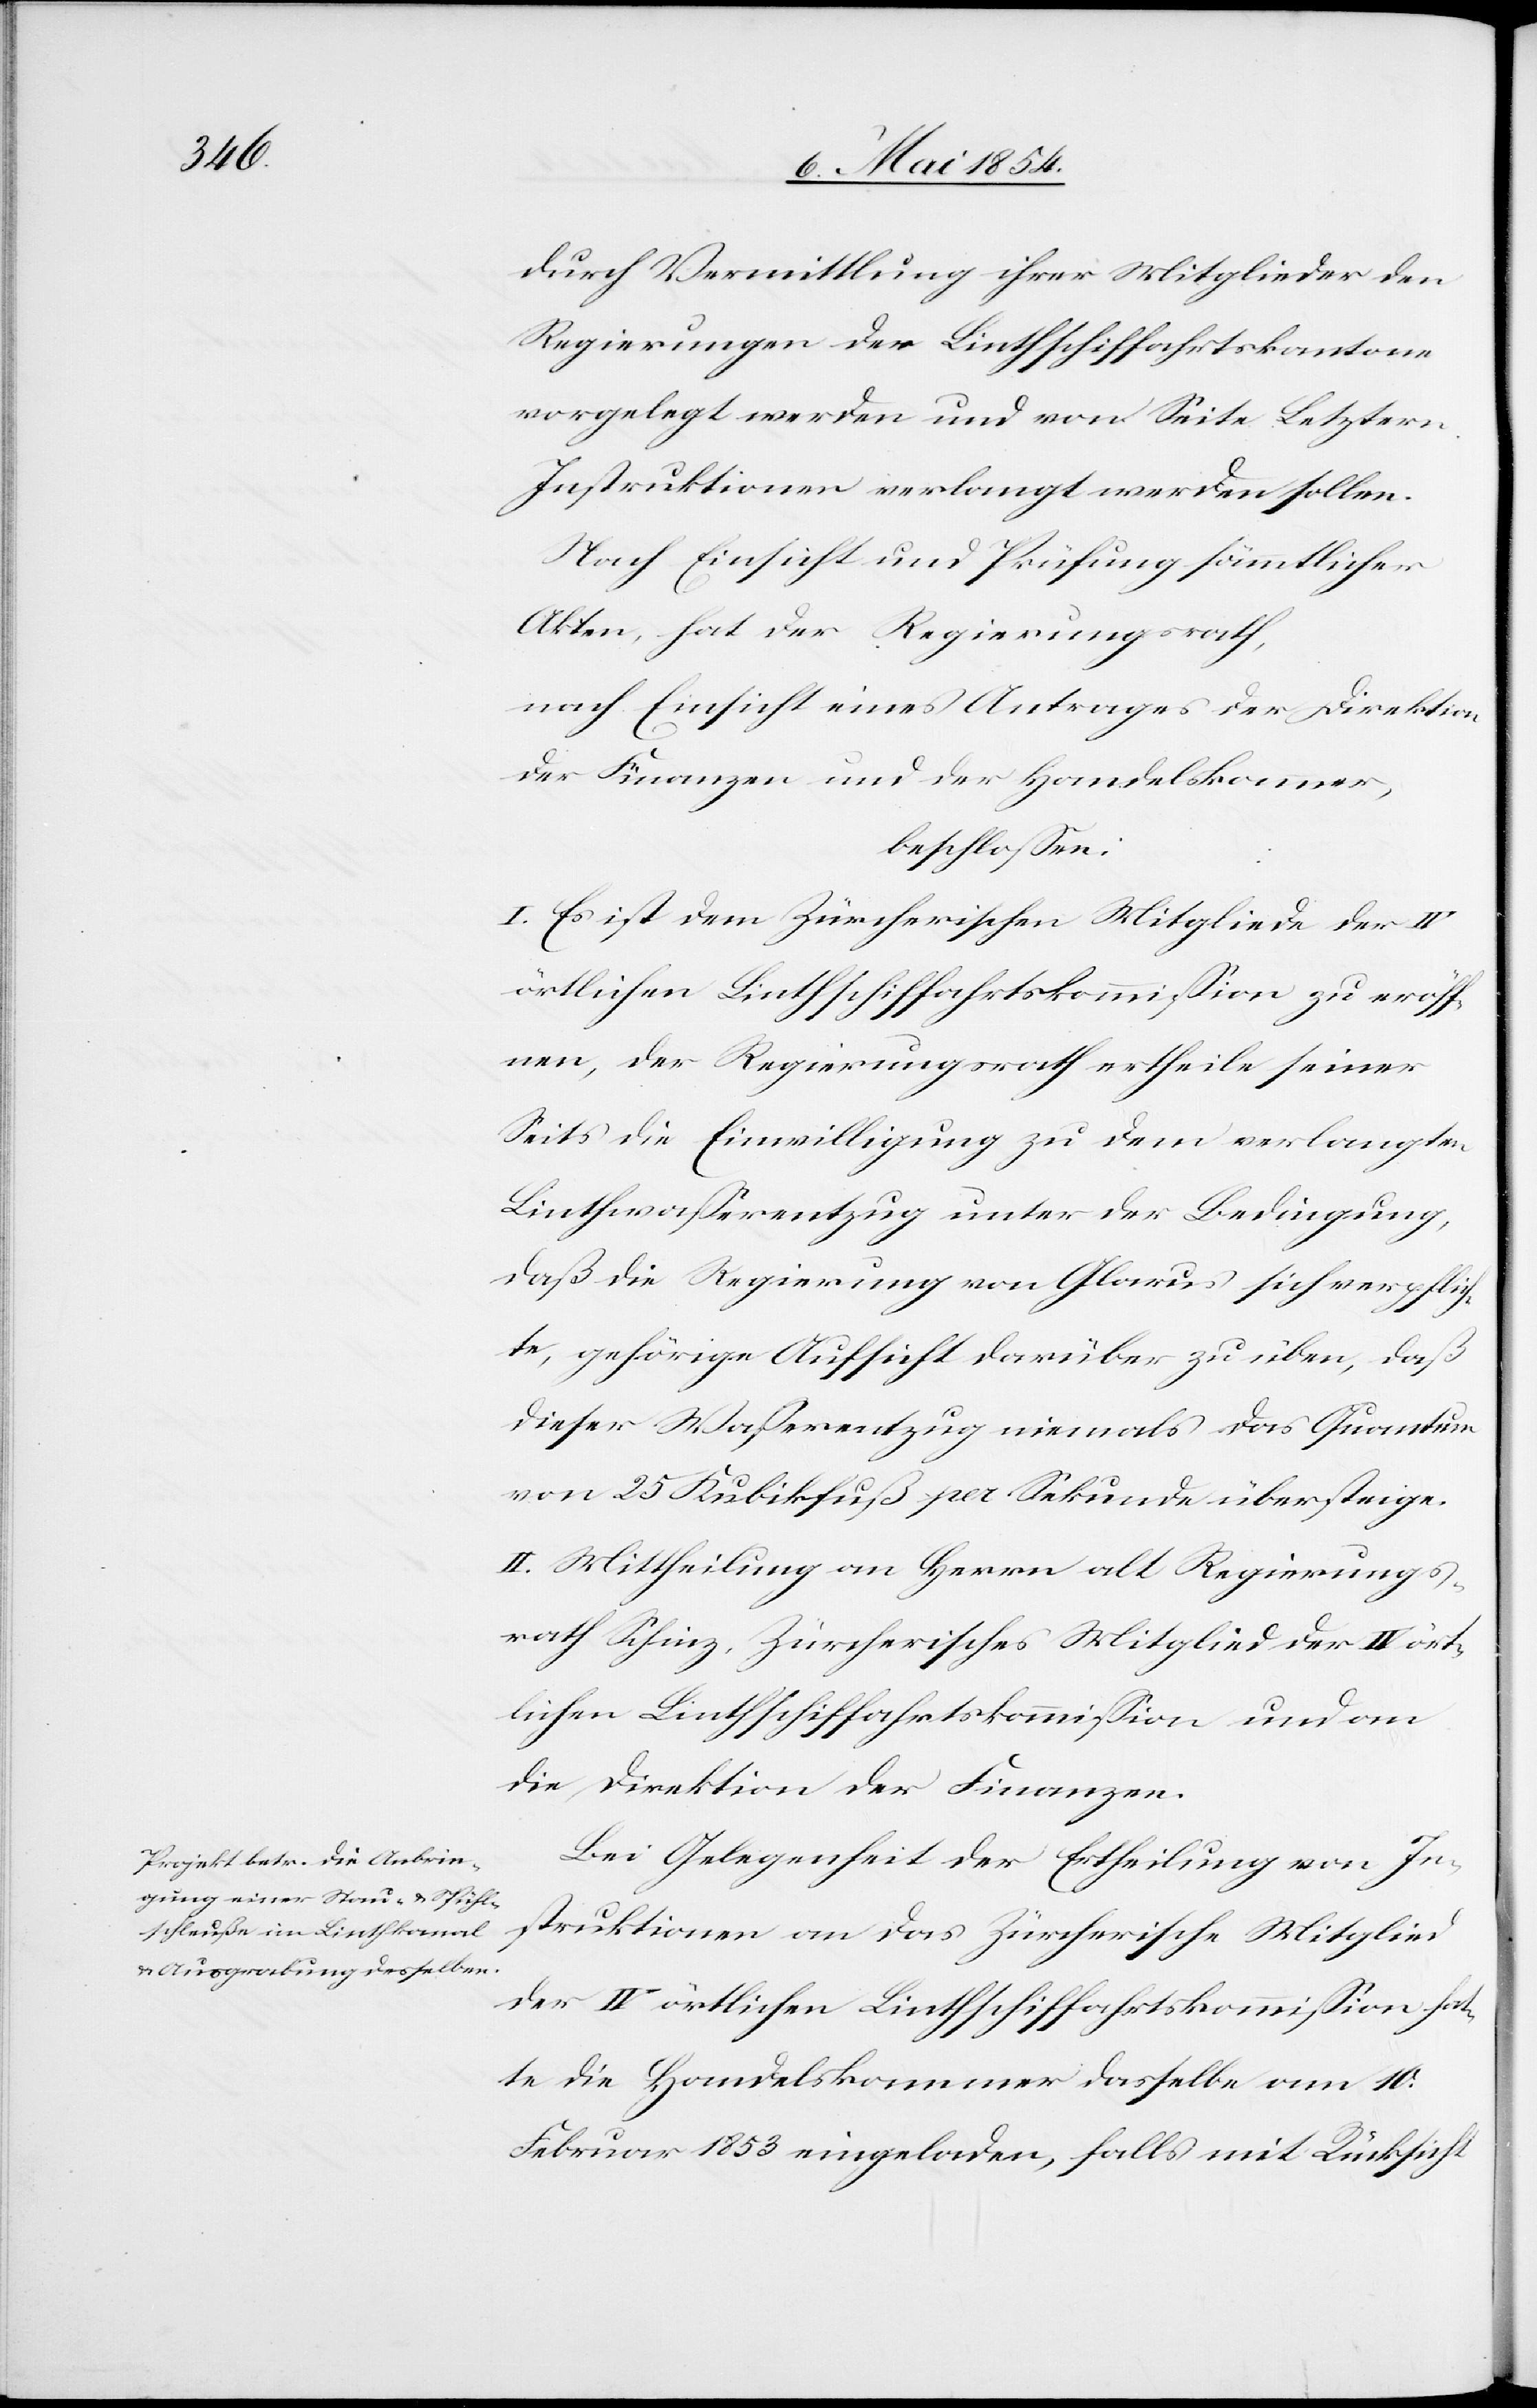
durch Vermittlung ihrer Mitglieder den
Regierungen der Linthschiffahrtskantone
vorgelegt werden und von Seite Letztern
Instruktionen verlangt werden sollen.
Nach Einsicht und Prüfung sämmtlicher
Akten, hat der Regierungsrath
nach Einsicht eines Antrages der Direktion
der Finanzen und der Handelskammer,
beschloßen:
I. Es ist dem Zürcherischen Mitglieder der IV
örtlichen Linthschiffahrtskommißion zu eröff¬
nen, der Regierungsrath ertheile seiner
Seit die Einwilligung zu dem verlangten
Linthwaßerentzug unter der Bedingung,
daß die Regierung von Glarus sich verpflich¬
te, gehörige Aufsicht darüber zu üben, daß
dieser Waßerentzug niemals das Quantum
von 25 Kubikfuß per Sekunde übersteige.
II. Mittheilung an Herrn alt Regierungs¬
rath Schinz, Zürcherisches Mitglied der IV ört¬
lichen Linthschiffahrtskommißion und an
die Direktion der Finanzen.
Bei Gelegenheit der Ertheilung von In¬
struktionen an das Zürcherische Mitglied
der IV örtlichen Linthschiffahrtskommißion hat¬
te die Handelskammer dasselbe am 10.
Februar 1853 eingeladen, falls mit Rücksicht